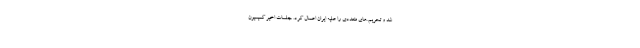
شد و تحریم.های متعددی را علیه ایران اعمال کرد. جلسات اخیر کمیسیون